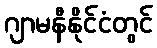
ဂျာမနီနိုင်ငံတွင်